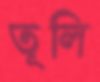
তূলি